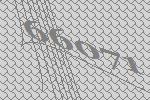
66071